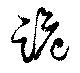
跪